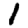
Digit: 1